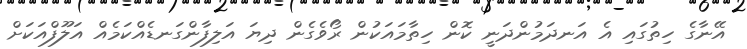
އޭނާގެ ހިތުގައި އެ އަނދަމުންދަނީ ކޮން ހިތާމައަކުން ރޯވެގެން ދިޔަ އަލިފާންގަނޑެއްކަމެއް އަލޫފްއަކަށް